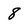
Character: 8